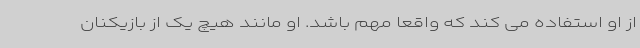
از او استفاده می کند که واقعا مهم باشد. او مانند هیچ یک از بازیکنان